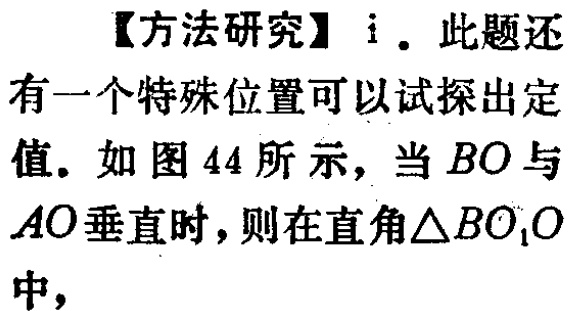
【方法研究】i. 此题还有一个特殊位置可以试探出定值. 如图44所示，当$BO$与$AO$垂直时，则在直角$\triangle BO_{1}O$中，